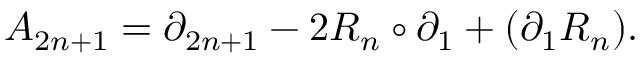
{ \cal A } _ { 2 n + 1 } = \partial _ { 2 n + 1 } - 2 R _ { n } \circ \partial _ { 1 } + ( \partial _ { 1 } R _ { n } ) .